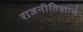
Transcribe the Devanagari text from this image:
राजनीतिज्ञाचे